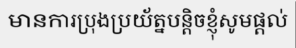
មានការប្រុងប្រយ័ត្នបន្តិចខ្ញុំសូមផ្តល់